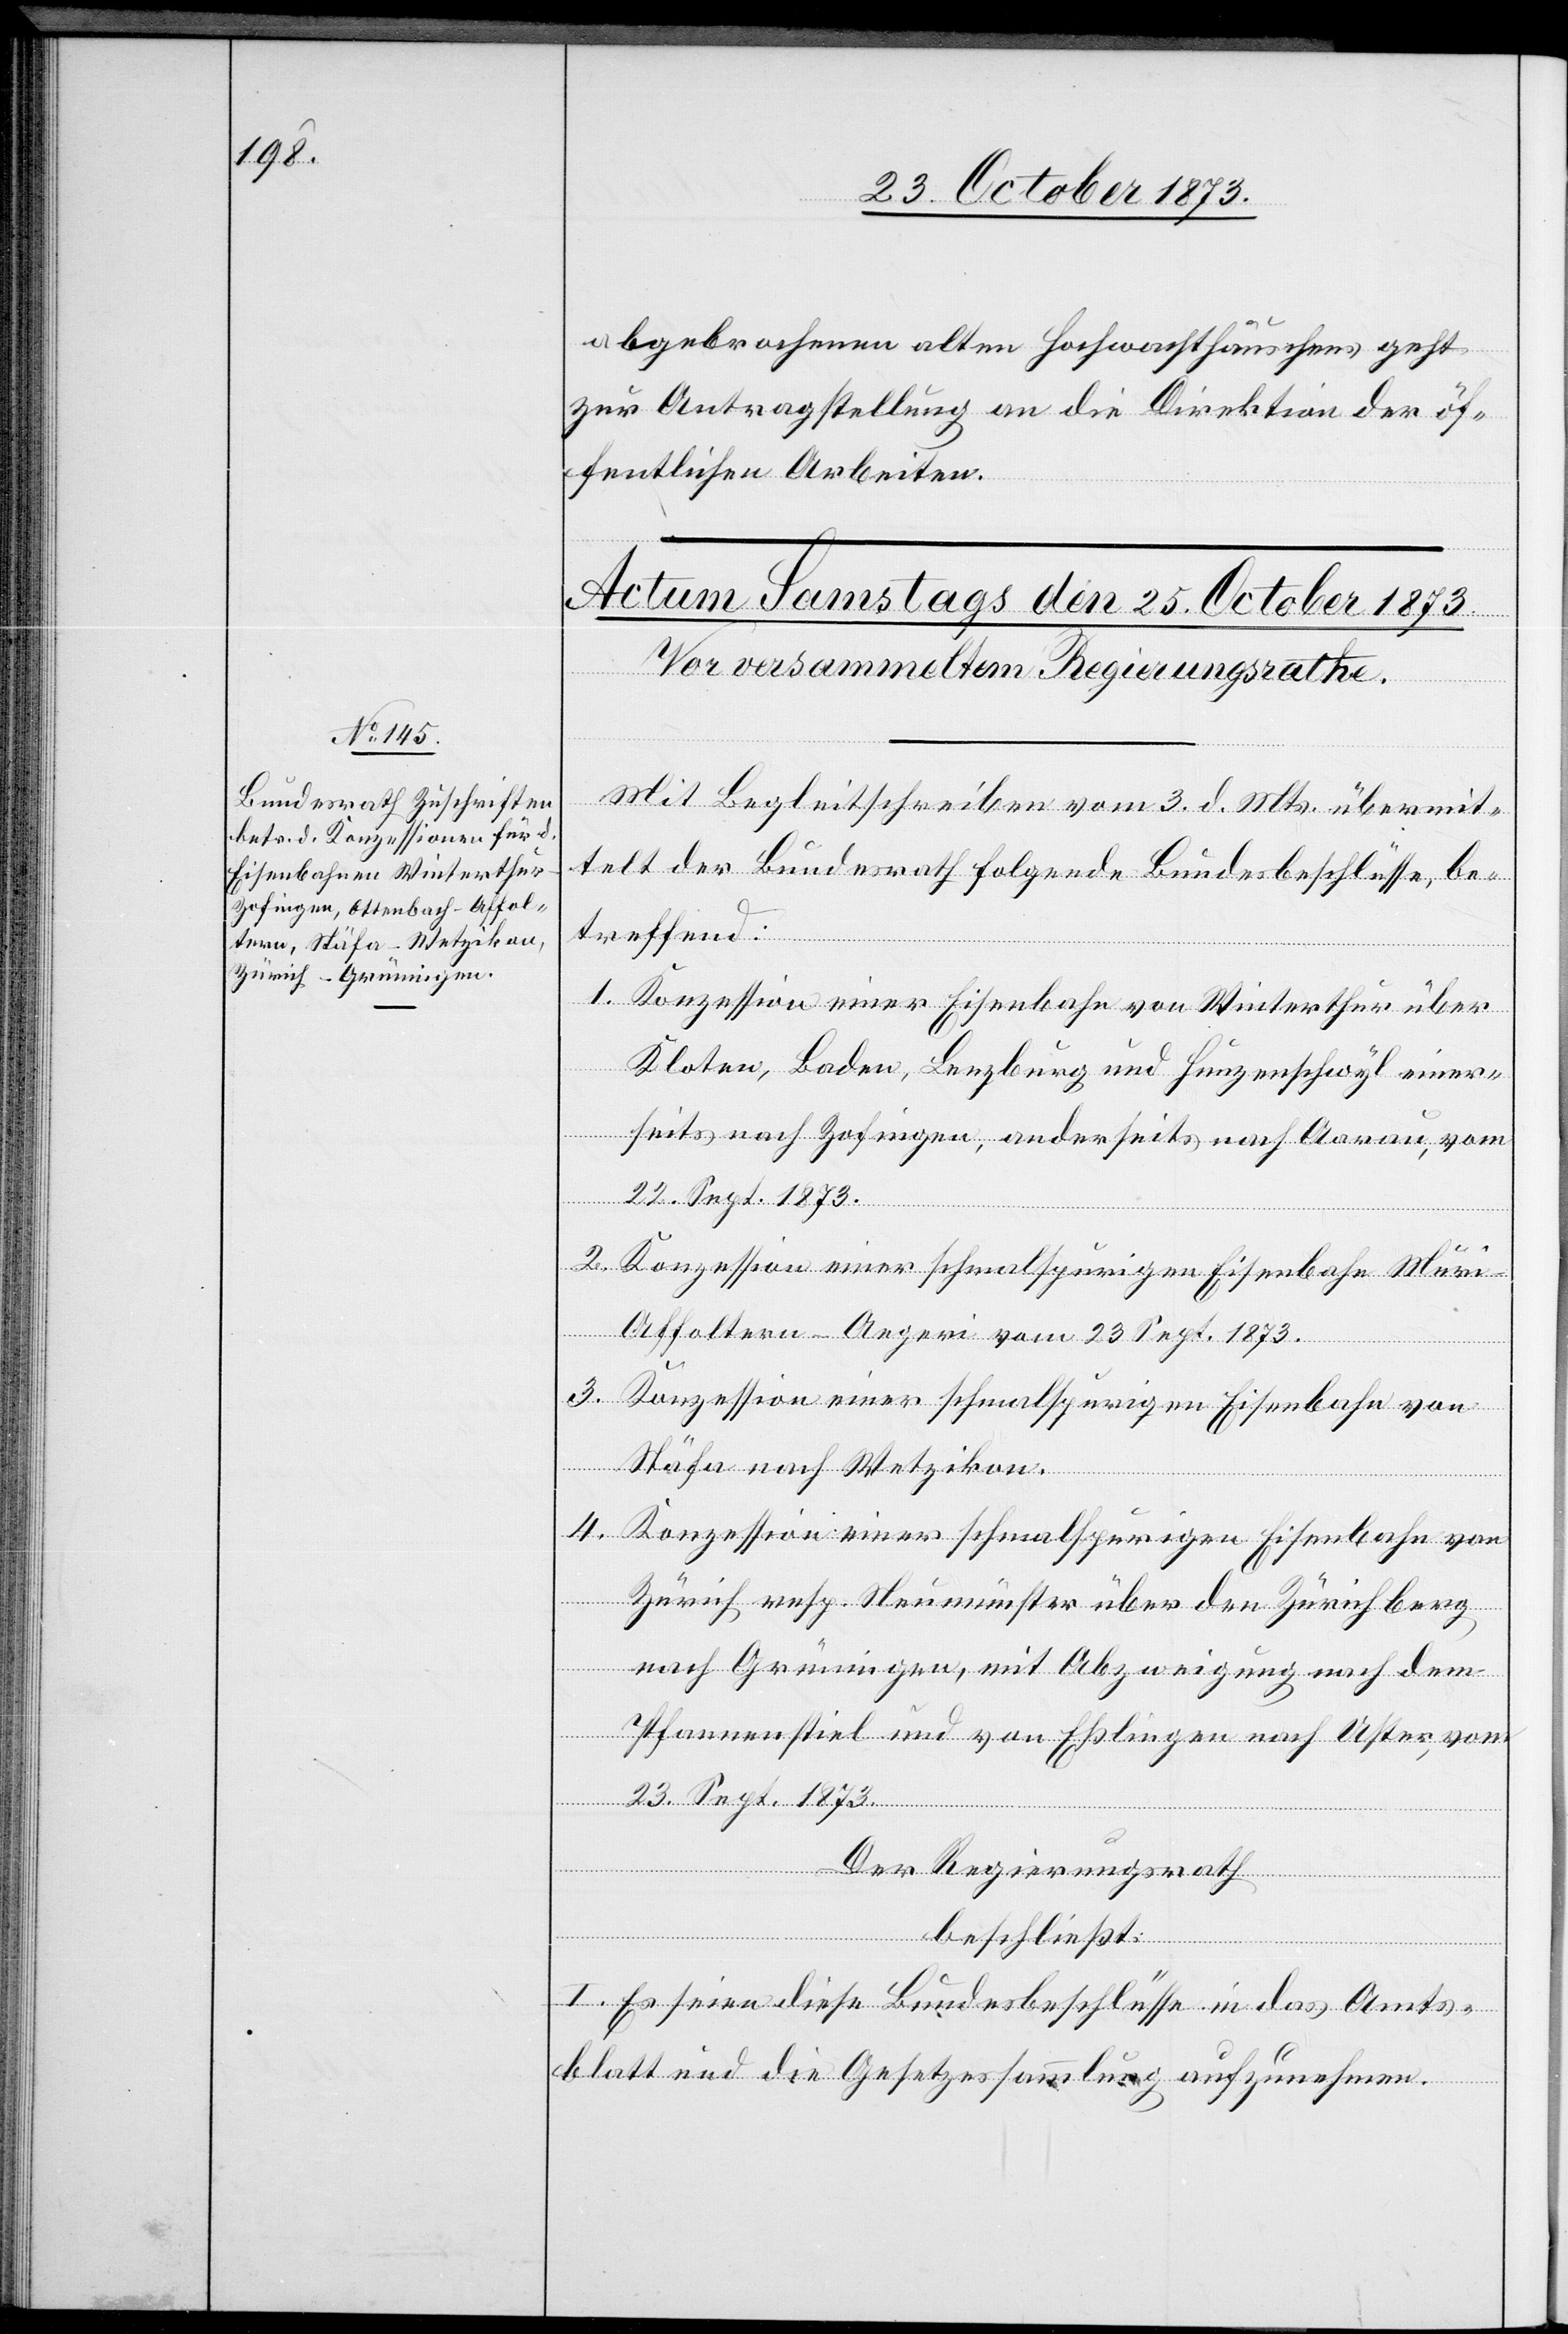
abgebrochenen alten Hochwachthäuschens geht
zur Antragstellung an die Direktion der öf¬
fentlichen Arbeiten.
Mit Begleitschreiben vom 3. d. Mts. übermit¬
telt der Bundesrath folgende Bundesbeschlüsse, be¬
treffend:
1. Konzession einer Eisenbahn von Winterthur über
Kloten, Baden, Lenzburg und Hunzenschwyl einer¬
seits nach Zofingen, anderseits nach Aarau, vom
23. Sept. 1873.
2. Konzession einer schmalspurigen Eisenbahn Mur¬
i–Affoltern–Aegeri vom 23. Sept. 1873.
3. Konzession einer schmalspurigen Eisenbahn von
Stäfa nach Wetzikon.
4. Konzession einer schmalspurigen Eisenbahn von
Zürich resp. Neumünster über den Zürichberg
nach Grüningen, mit Abzweigung nach dem
Pfannenstiel und von Eßlingen nach Uster, vom
Der Regierungsrath
beschließt:
I. Es seien diese Bundesbeschlüsse in das Amts¬
blatt und die Gesetzessammlung aufzunehmen.